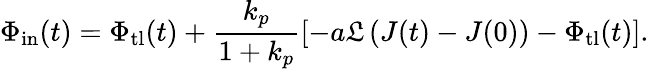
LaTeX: \Phi_{\mathrm{in}}(t)=\Phi_{\mathrm{tl}}(t)+\frac{k_{p}}{1+k_{p}}\left[-a\mathfrak{L}\left(J(t)-J(0)\right)-\Phi_{\mathrm{tl}}(t)\right].